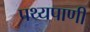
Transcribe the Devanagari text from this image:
पथ्यपाणी